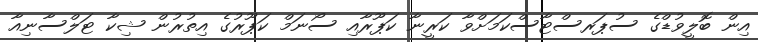
އިން ބޮލީވުޑްގެ ސުޕަރސްޓާސްކަމަށްވާ ކަރީނާ ކަޕޫރާއި ސޯނަމް ކަޕޫރުގެ އިތުރުން ޝިކާ ޓަލްސާނިއާ